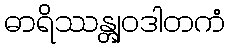
ဓာရိဿန္တျဝဒါတကံ